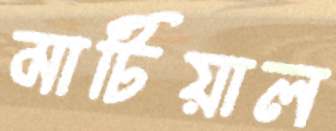
মাটিয়াল